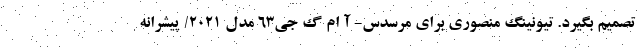
تصمیم بگیرد. تیونینگ منصوری برای مرسدس- آ ام گ جی63 مدل 2021/ پیشرانه